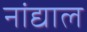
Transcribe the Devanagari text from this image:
नांद्याल